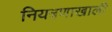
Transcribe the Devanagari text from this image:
नियत्रणाखाली